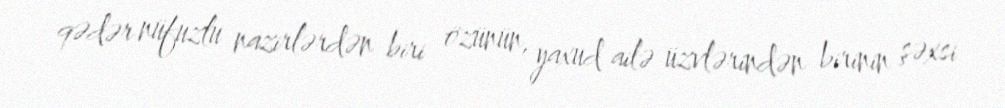
qədər nüfuzlu nazirlərdən biri özünün, yaxud ailə üzvlərindən birinin şəxsi